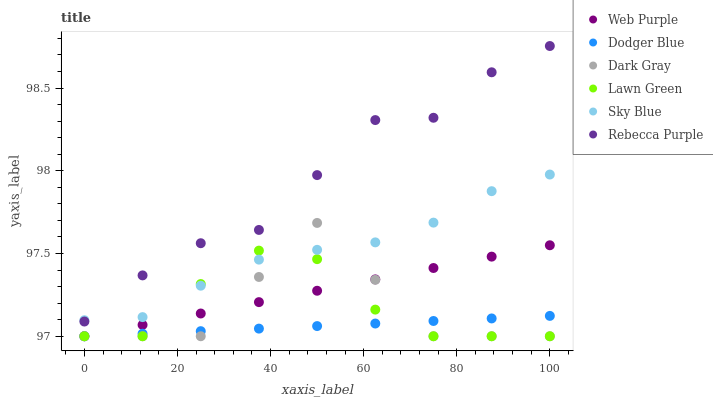
| xaxis_label | Web Purple | Dodger Blue | Dark Gray | Lawn Green | Sky Blue | Rebecca Purple |
 | --- | --- | --- | --- | --- | --- | --- |
 | 0 | 97 | 97 | 97 | 97 | 97.1 | 97.1 |
 | 12.5 | 97.1 | 97 | 97 | 97 | 97.1 | 97.4 |
 | 25 | 97.1 | 97 | 97 | 97.3 | 97.3 | 97.6 |
 | 37.5 | 97.2 | 97 | 97.4 | 97.5 | 97.5 | 97.6 |
 | 50 | 97.3 | 97.1 | 97.7 | 97.5 | 97.5 | 98 |
 | 62.5 | 97.3 | 97.1 | 97.3 | 97.2 | 97.6 | 98.3 |
 | 75 | 97.4 | 97.1 | 97 | 97 | 97.7 | 98.3 |
 | 87.5 | 97.5 | 97.1 | 97 | 97 | 97.9 | 98.6 |
 | 100 | 97.5 | 97.1 | 97 | 97 | 98 | 98.8 |